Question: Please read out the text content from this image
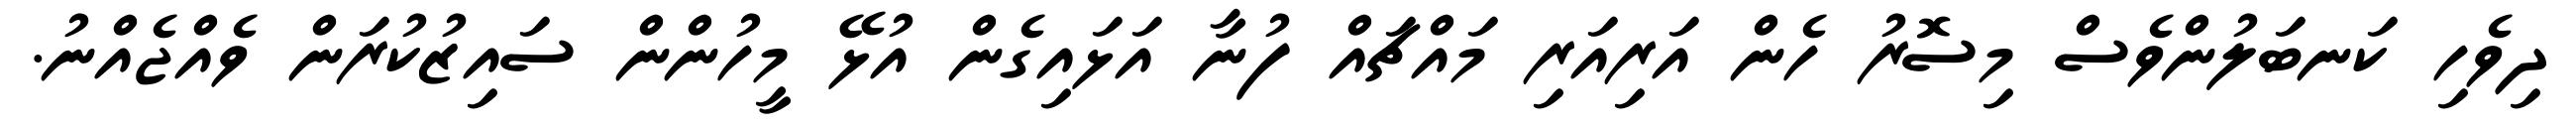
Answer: ދިވެހި ކަނބަލުންވެސް މިސޮރު ހެން އަރިއަރި މައްޗައް ފުނާ އަޅައިގެން އުޅޭ މީހުންން ސައިޒުކުރަން ވެއްޖެއްނު.